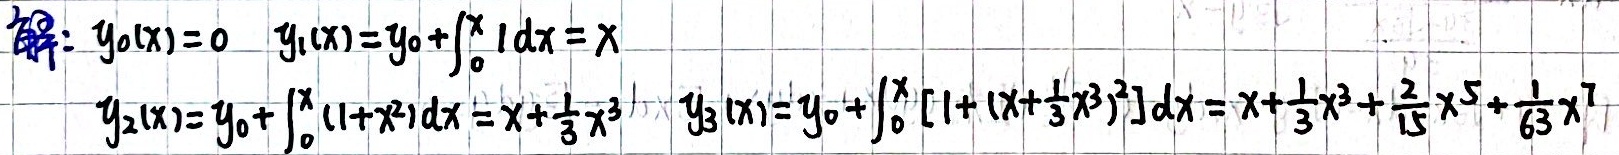
解：$y_0(x)=0 \quad y_1(x)=y_0+\int_{0}^{x} 1dx = x$
$y_2(x)=y_0+\int_{0}^{x}(1 + x^2)dx = x+\frac{1}{3}x^3$
$y_3(x)=y_0+\int_{0}^{x}[1+(x+\frac{1}{3}x^3)^2]dx = x+\frac{1}{3}x^3+\frac{2}{15}x^5+\frac{1}{63}x^7$